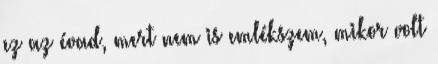
ez az évad, mert nem is emlékszem, mikor volt